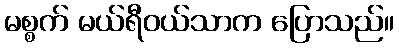
မစ္စက် မယ်ရီဝယ်သာက ပြောသည်။